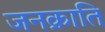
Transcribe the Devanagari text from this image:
जनक्राति